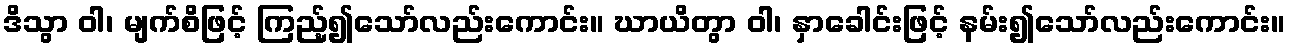
ဒိသွာ ဝါ၊ မျက်စိဖြင့် ကြည့်၍သော်လည်းကောင်း။ ဃာယိတွာ ဝါ၊ နှာခေါင်းဖြင့် နမ်း၍သော်လည်းကောင်း။